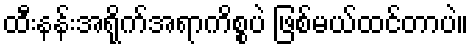
ထီးနန်းအရိုက်အရာကိစ္စပဲ ဖြစ်မယ်ထင်တာပဲ။